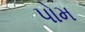
પોમ